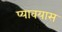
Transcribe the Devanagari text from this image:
प्यावयास